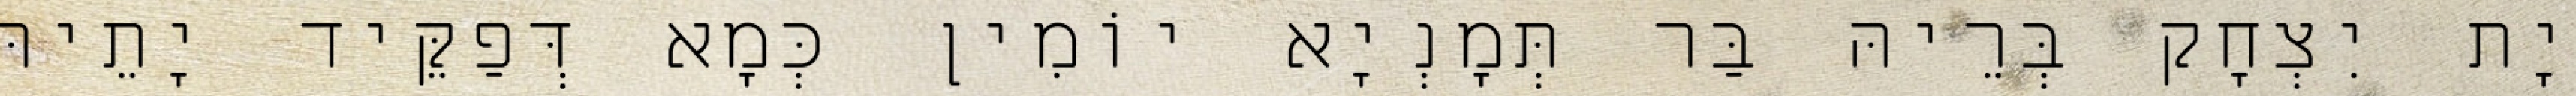
יָת יִצְחָק בְּרֵיהּ בַּר תְּמָנְיָא יוֹמִין כְּמָא דְּפַקֵּיד יָתֵיהּ